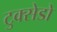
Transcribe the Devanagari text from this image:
टुक्सेडो